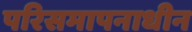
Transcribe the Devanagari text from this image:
परिसमापनाधीन